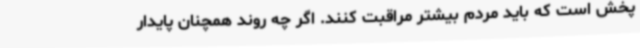
پخش است که باید مردم بیشتر مراقبت کنند. اگر چه روند همچنان پایدار